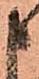
申